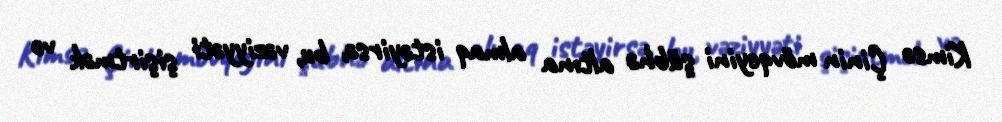
Kimsə Çinin mövqeyini şübhə altına almaq istəyirsə, bu, vəziyyəti şişirtmək və